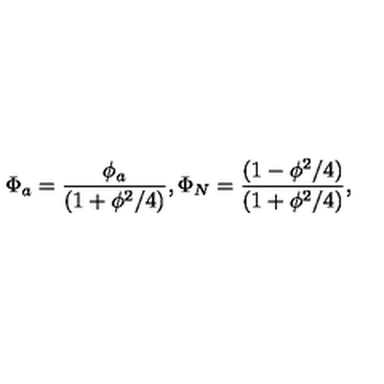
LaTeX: \Phi _ { a } = \frac { { \phi _ { a } } } { ( 1 + \phi ^ { 2 } / 4 ) } , \Phi _ { N } = \frac { { ( 1 - \phi ^ { 2 } / 4 ) } } { ( 1 + \phi ^ { 2 } / 4 ) } ,